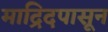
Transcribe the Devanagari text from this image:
माद्रिदपासून